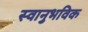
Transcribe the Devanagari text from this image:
स्वानुभविक